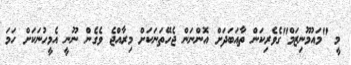
މީ "މައުމޫނިޒަމް"ގެވެރިކަން ތާއަބަދަށް އޮންނަން ޖެހޭތަނަކަށް މިރާއްޖެ ވެގެން ނޫނީ އެމީހުނަކަށް ހަމަ